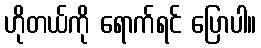
ဟိုတယ်ကို ရောက်ရင် ပြောပါ။